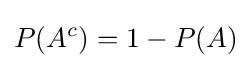
P(A^{c})=1-P(A)